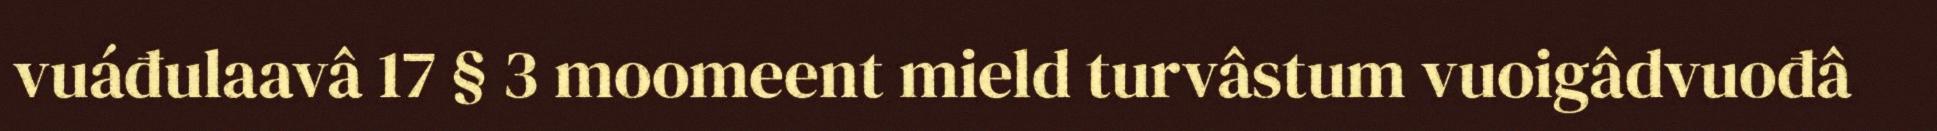
vuáđulaavâ 17 § 3 moomeent mield turvâstum vuoigâdvuođâ